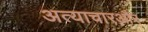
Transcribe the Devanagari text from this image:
अत्याचारऔर